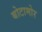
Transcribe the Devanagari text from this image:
बोटामोर